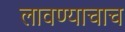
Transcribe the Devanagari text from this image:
लावण्याचाच